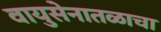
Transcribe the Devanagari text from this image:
वायुसेनातळाचा